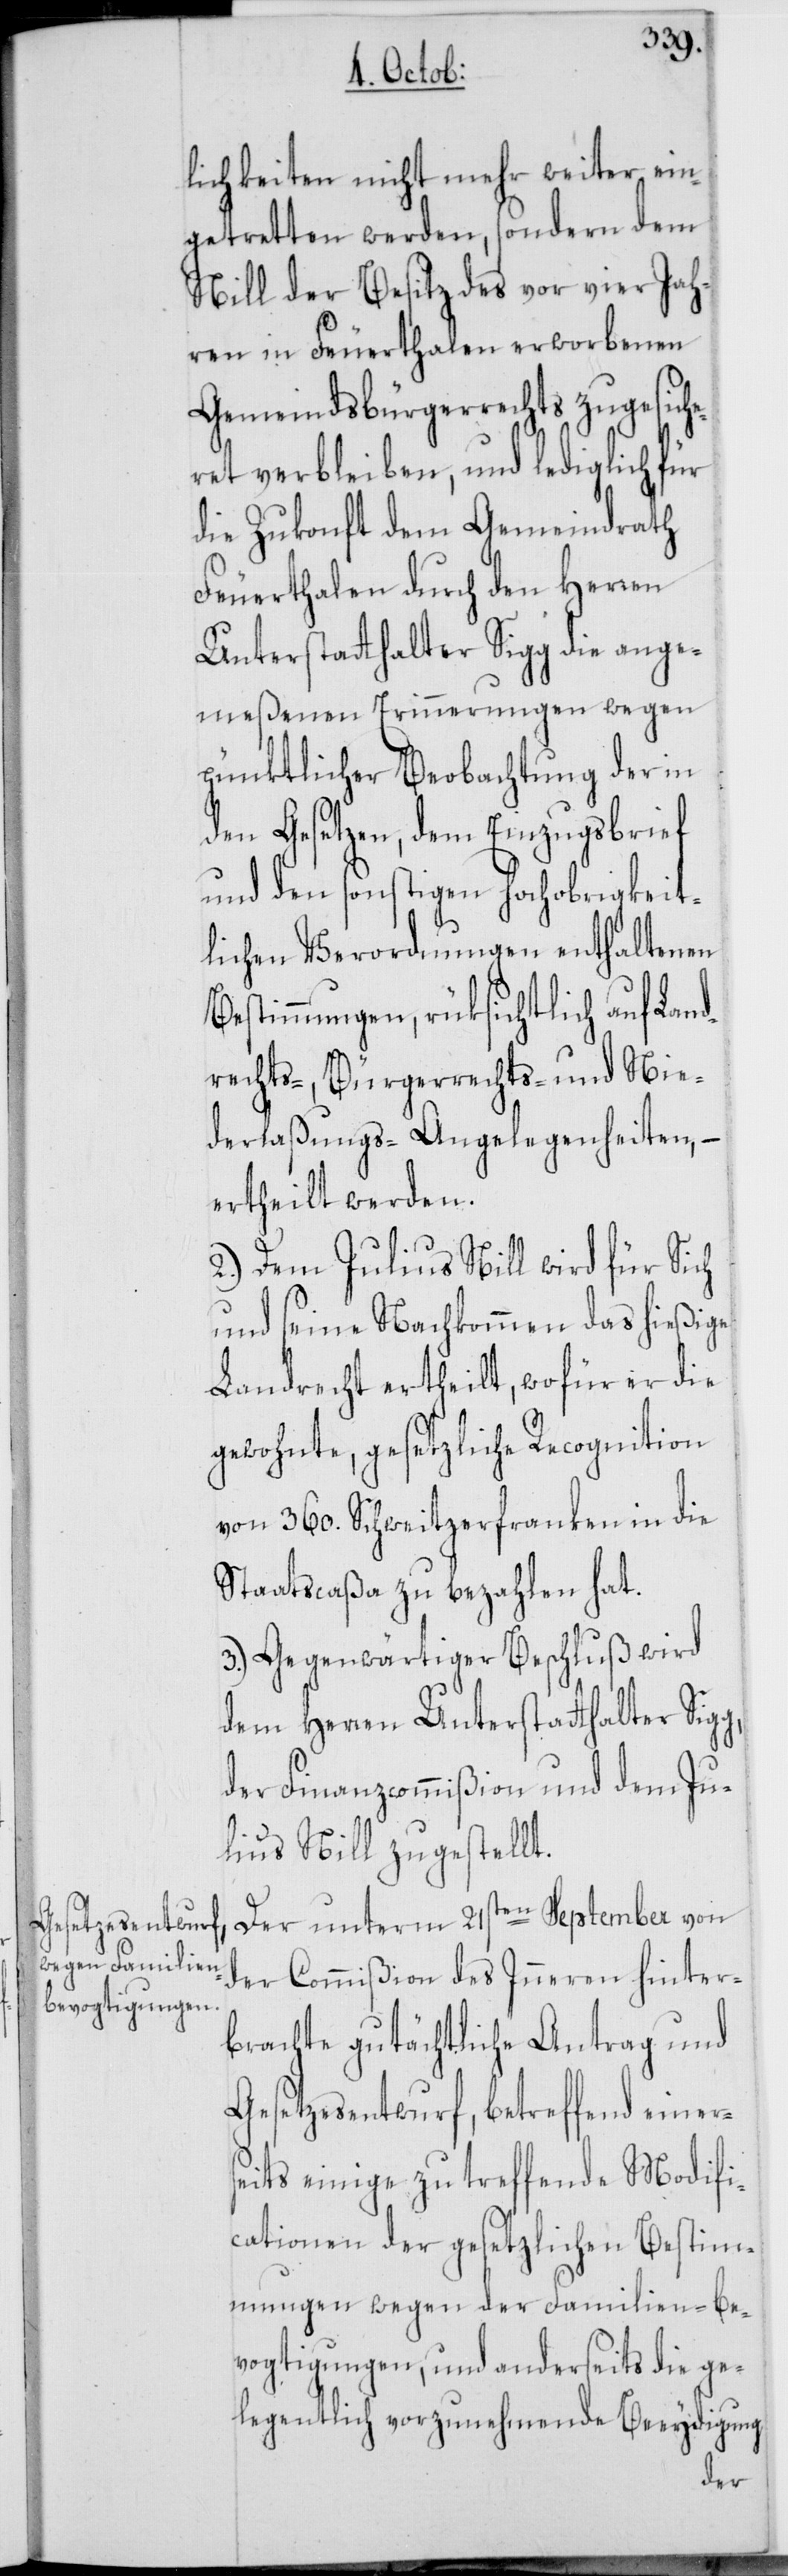
lichkeiten nicht mehr weiter ein¬
getretten werden, sondern dem
Nill der Besitz des vor vier Jah¬
ren in Feuerthalen erworbenen
Gemeindsbürgerrechts zugesiche¬
ret verbleiben, und lediglich für
die Zukonft dem Gemeindrath
Feuerthalen durch den Herren
Unterstatthalter Sigg die ange¬
meßenen Erinnerungen wegen
pünktlicher Beobachtung der in
den Gesetzen, dem Einzugsbrief
und den sonstigen hochobrigkeit¬
lichen Verordnungen enthaltenen
Bestimmungen, rüksichtlich auf Land¬
rechts-[,] Bürgerrechts- und Nie¬
derlaßungs-Angelegenheiten, –
ertheilt werden.
2.) Dem Julius Nill wird für Sich
und seine Nachkommen das hießige
Landrecht ertheilt, wofür er die
gewohnte, gesetzliche Recognition
von 360. Schweitzerfranken in die
Staatscaßa zu bezahlen hat.
3.) Gegenwärtiger Beschluß wird
dem Herren Unterstatthalter Sigg,
der Finanzcommißion und dem Ju¬
lius Nill zugestellt.
Der unterm 21sten September von
der Commißion des Inneren hinter¬
brachte gutächtliche Antrag und
Gesetzesentwurf, betreffend einers¬
eits einige zu treffende Modifi¬
cationen der gesetzlichen Bestim¬
mungen wegen der Familien-be¬
vogtigungen, und anderseits die ge¬
legentlich vorzunehmende Beeydigung